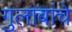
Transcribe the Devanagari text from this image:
गुलाबांचे